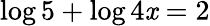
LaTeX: \log5+\log4\mathit{x}=2